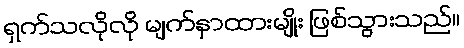
ရှက်သလိုလို မျက်နှာထားမျိုး ဖြစ်သွားသည်။